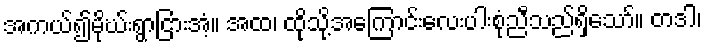
အကယ်၍မိုဃ်းရွာငြားအံ့။ အထ၊ ထိုသို့အကြောင်းလေးပါးစုံညီသည်ရှိသော်။ တဒါ၊